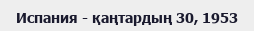
Испания - қаңтардың 30, 1953